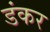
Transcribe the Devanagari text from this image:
डंकर